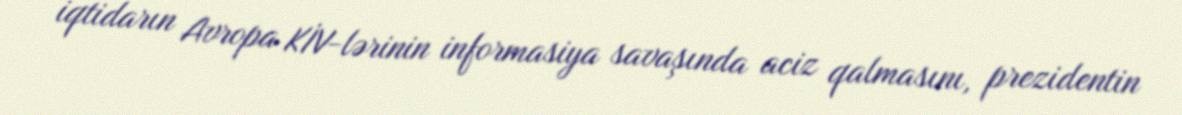
iqtidarın Avropa KİV-lərinin informasiya savaşında aciz qalmasını, prezidentin